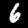
Label: 6